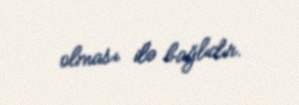
olması ilə bağlıdır.